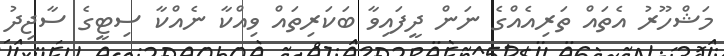
މަޝްހޫރު އެތައް ތަރިއެއްގެ ނަން ދީފައިވާ ބަކަރިތައް ވިއްކާ ނެއްކާ ސިޓީގެ ސާޖިދު